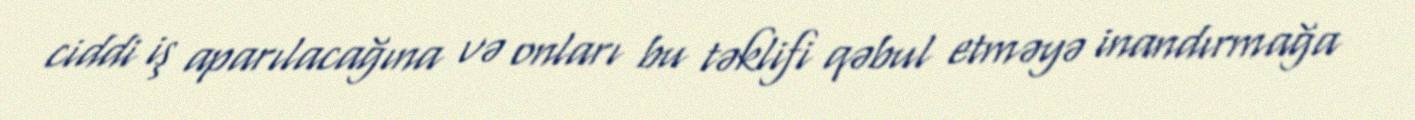
ciddi iş aparılacağına və onları bu təklifi qəbul etməyə inandırmağa